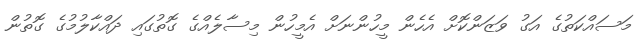
މަސައްކަތުގެ އަގު ވަޒަންކޮށް އެހެން މީހުންނަށް އެމީހުން މިސާލެއްގެ ގޮތުގައި ދައްކާލުމުގެ ގޮތުން